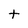
Character: t